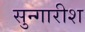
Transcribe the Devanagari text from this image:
सुन्गारीश